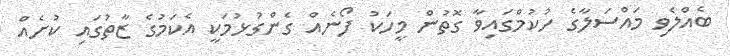
ބެއްލެވި މައްސަލާގެ ހުކުމްގައިވާ ގޮތުން މީހަކު ފޯނެއް ގެންގުޅުމަކީ އެކަމުގެ ޒާތުގައި ކުށެއް